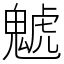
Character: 䰧